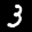
Label: 3